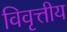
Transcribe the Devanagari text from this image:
विवृत्तीय